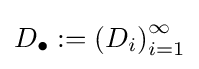
D_{\bullet }:=\left(D_{i}\right)_{i=1}^{\infty }